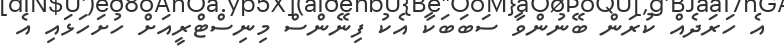
އެ ހަރަދެއް ކުރަން ބޭނުންވާ ސަބަބަކާ އެކު ފިނޭންސް މިނިސްޓްރީއަށް ހުށަހަޅައި އެ